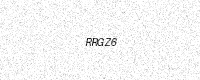
Text: RRGZ6